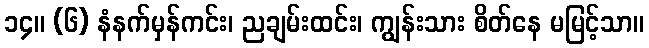
၁၄။ (၆) နံနက်မှန်ကင်း၊ ညချမ်းထင်း၊ ကျွန်းသား စိတ်နေ မမြင့်သာ။